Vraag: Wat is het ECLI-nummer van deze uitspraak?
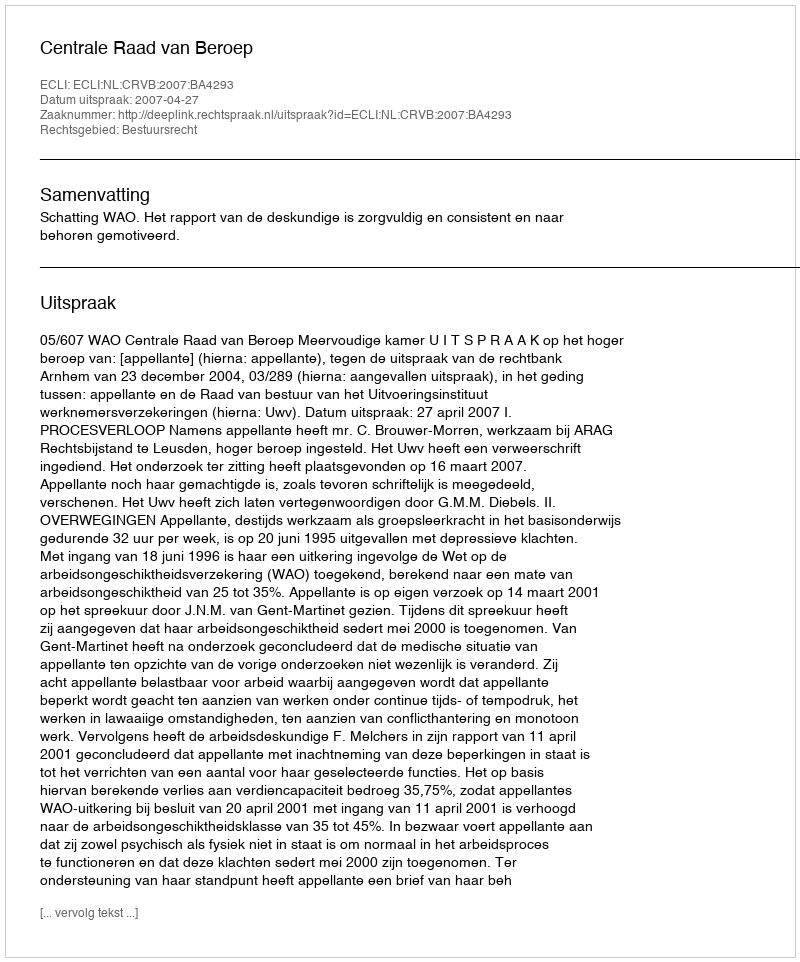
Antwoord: ECLI:NL:CRVB:2007:BA4293